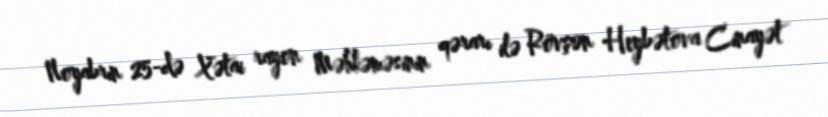
Noyabrın 25-də Xətai rayon Məhkəməsinin qərarı ilə Rövşən Heybətova Cinayət